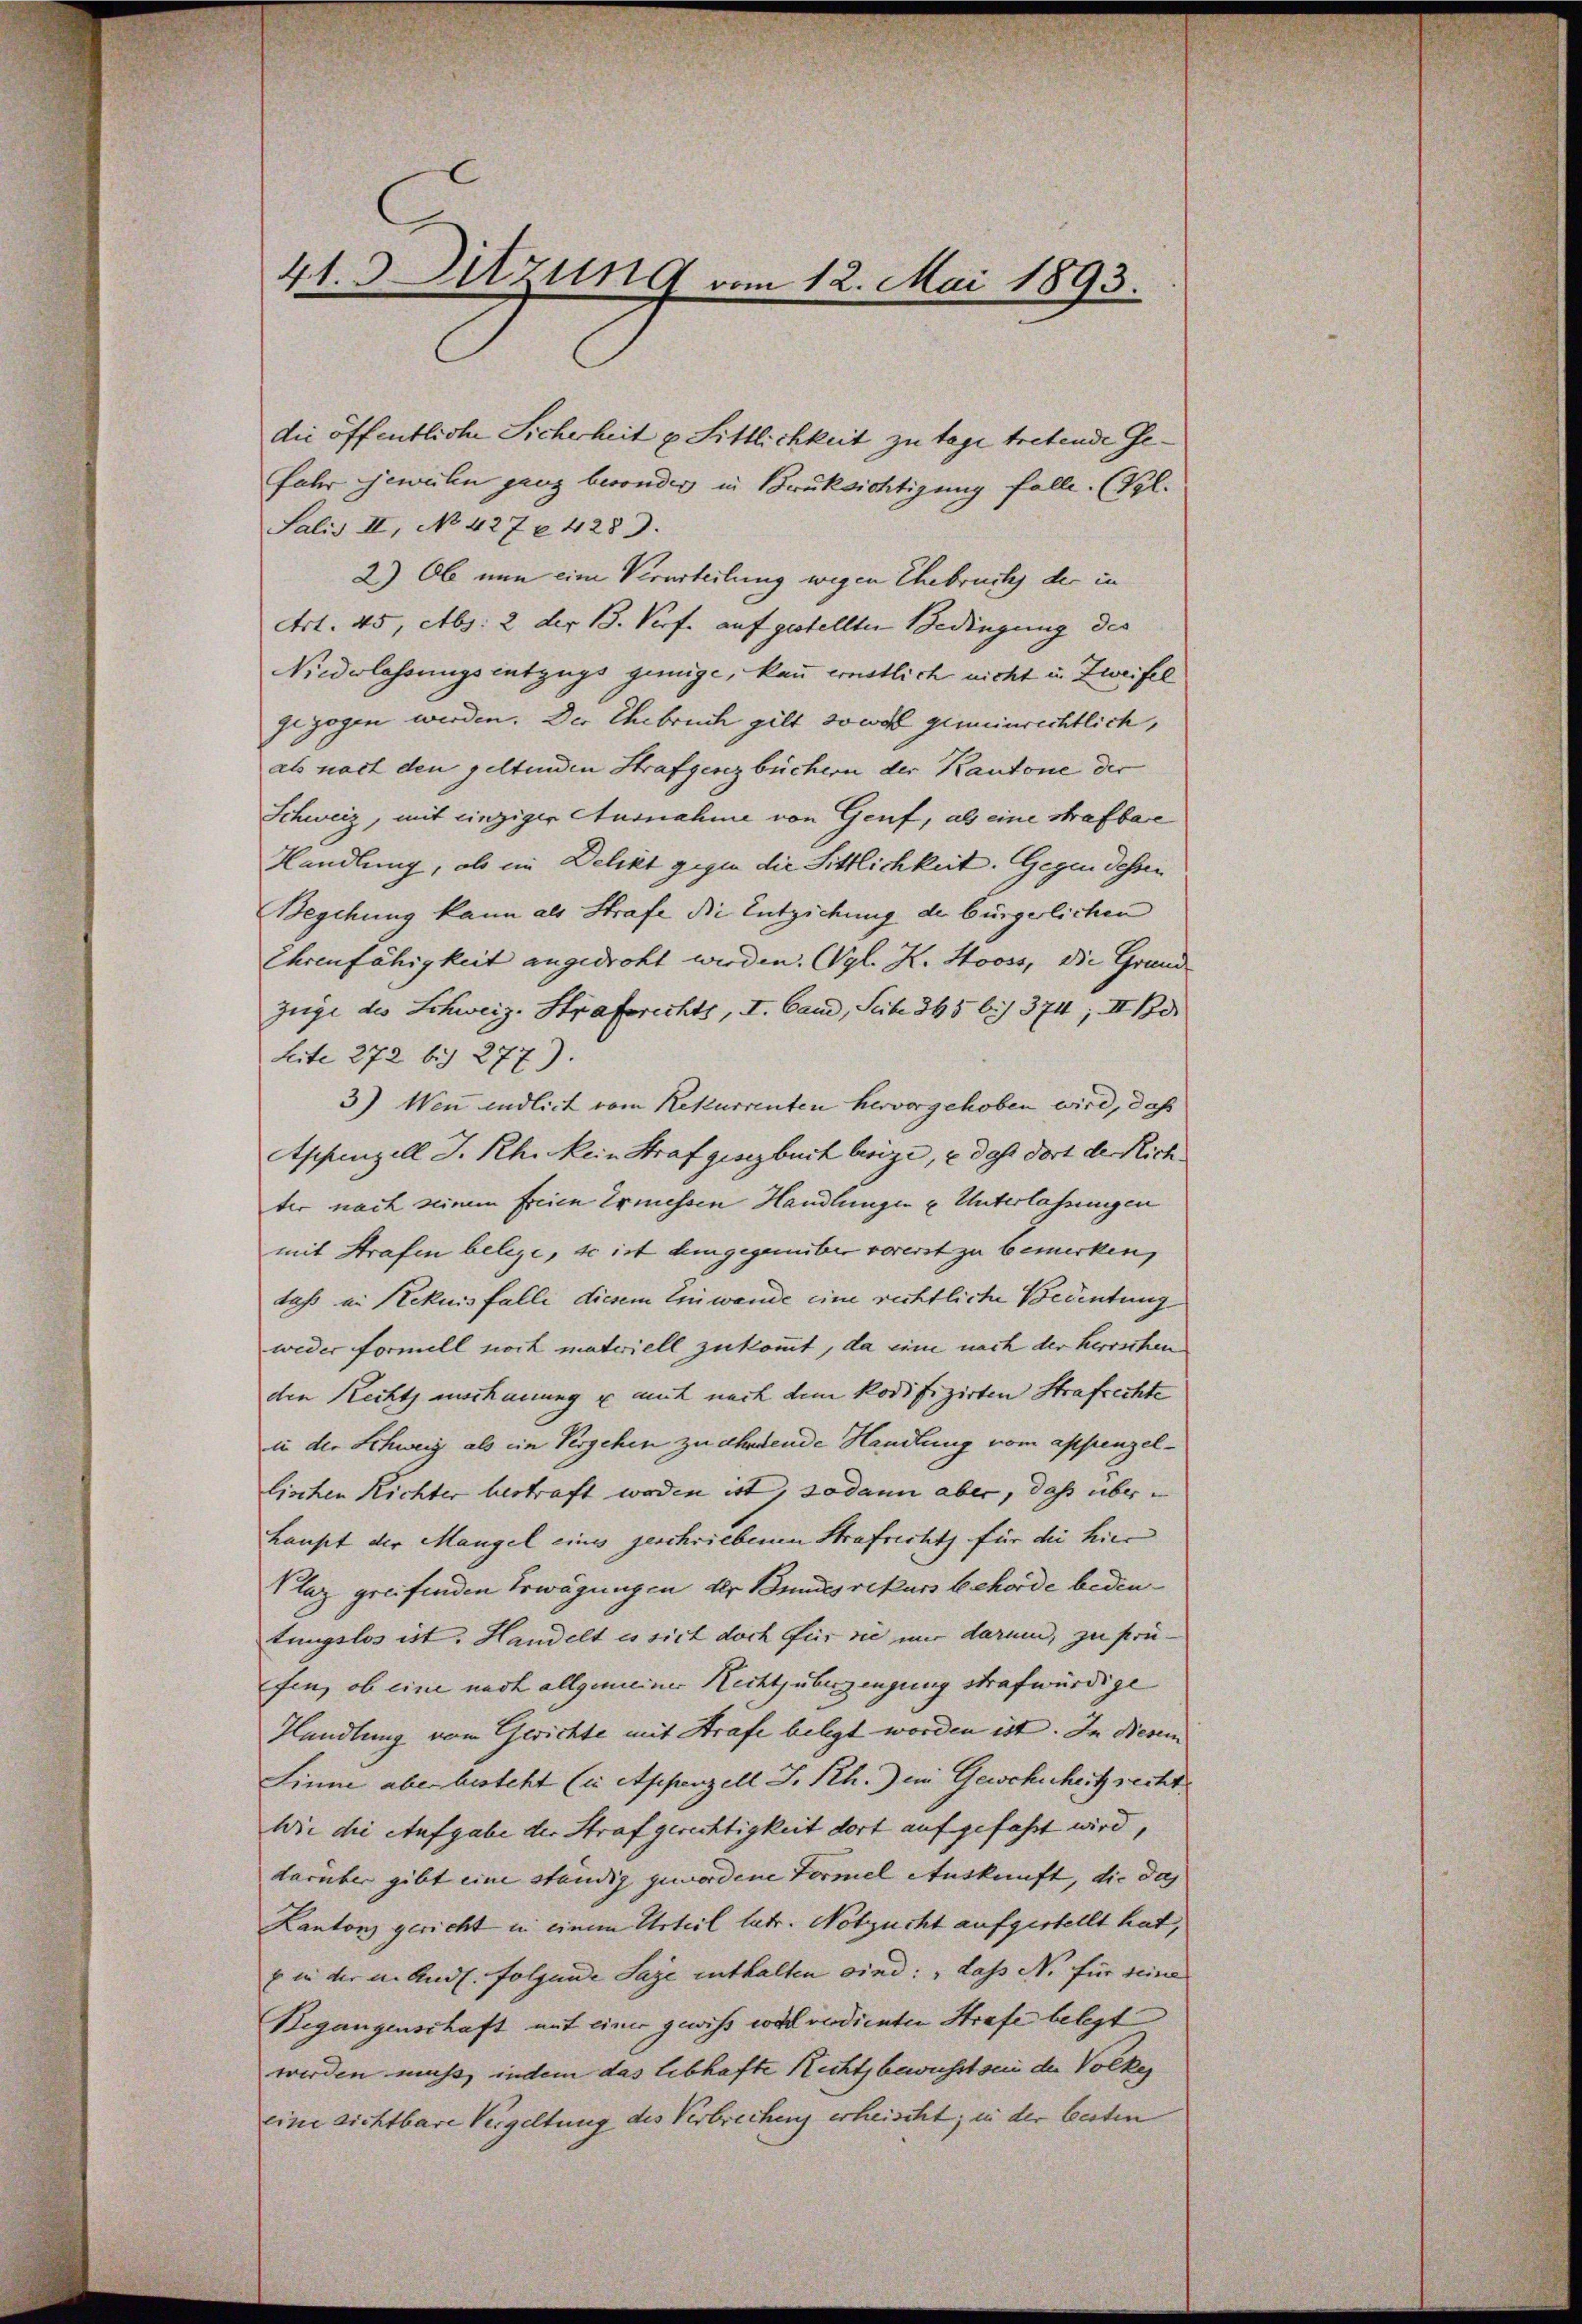
41. Sitzung vom 12. Mai 1893.

die öffentliche Sicherheit u. Sittlichkeit zu tage tretende Gefahr jeweilen ganz besonder in Brücksichtigung falle. (Pol.
Salis II, No 427 § 4283.
2) Ob nun eine Verurteilung wegen Ehebruch der in
Art. 45, Abs. 2 der B. Porf. auf gestellten Bedingung des
Niederlassungsentzugs genüge, kann ernstlich nicht in Zweifel
gezogen werden. Der Ehebruch gilt sowol gemeinrichtlich,
als nach den geltenden Strafgesezbüchern der Kantone der
Schweiz, mit einziger Ausnahme von Genf, als eine Strafbare
Handlung, ob im Delikt gegen die Sittlichkeit. Gegen dessen
Begehung kann als Strafe die Entziehung der bürgerlichen
Ehrenfähigkeit angedroht werden. Vgl. K. Stooss, die Grund
züge des Schweiz. Strafrichts, I. Cand, Sub. 365 bis 374; II. Bd.
Leite 272 bis 277).
3) Wen endlich vom Rekurrenten hervorgehoben wird, daß
Appenzell I. Rh. Mein Strafgesezbuch berige, e das dort der Rich
ter nach seinem freien Ermessen Handlungen u Unterlassungen
mit Strafen belege, so ist demgegenüber vorerst zu bemerken,
dass in Rekurs falle diesem Einwande eine richtliche Bedeutung
weder formell noch materiell zukommt, da eine nach der herrschen
den Rechts anschauung u auch nach dem kodifizirten Strafrechte
in der Schweig als im Vergehen zu ahnende Handlung vom appenzellischen Richter bestraft worden ist, sodann aber, daß über-
haupt der Mangel eines geschriebenen Strafricht für die hier
Plaz greifenden Erwägungen der Bundes rekurs behörde bedeutungslos ist. Handelt es sich doch für die mir darum, zu prüfin, ob eine nach allgemeiner Rechtsüberzeugung strafwürdige
Handlung vom Gerichte mit Strafe belegt worden ist. In Diesen
Linne aber besteht (in Appenzell S. Rh. ein Gewohnheit recht
Wie die Aufgabe der Strafgerechtigkeit dort aufgefaßt wird,
darüber gibt eine ständig gewordene Formel Auskunft, die das
Kantons gericht u. einem Urteil latr. Notzucht aufgestellt hat,
E in der u. Andl. folgende Sage enthalten sind: „dass No für seine
Begangenschaft mit einer gewiss voll verdienten Strafe belegt
werden muss, indem das lebhafte Rechtsbewusst sei der Volkes
eine richtbare Vergeltung des Verbrecheng erheischt; in der besten